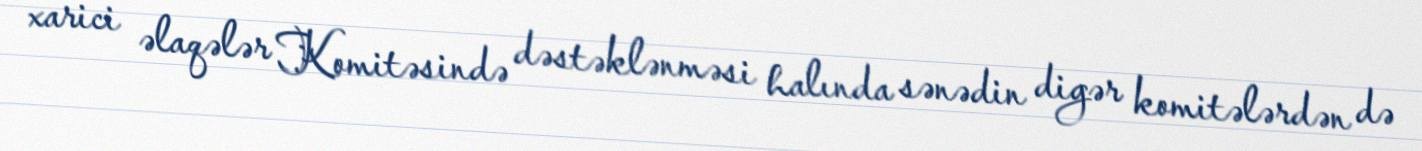
xarici əlaqələr Komitəsində dəstəklənməsi halında sənədin digər komitələrdən də